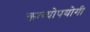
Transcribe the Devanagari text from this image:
काव्योपयोगी